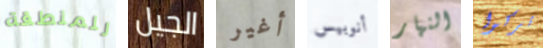
للمنطقة الجيل أغير أنوبيس النهار تركوا